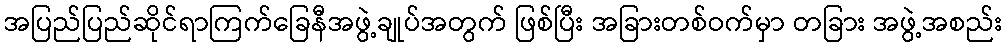
အပြည်ပြည်ဆိုင်ရာကြက်ခြေနီအဖွဲ့ချုပ်အတွက် ဖြစ်ပြီး အခြားတစ်ဝက်မှာ တခြား အဖွဲ့အစည်း